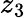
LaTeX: z_{3}